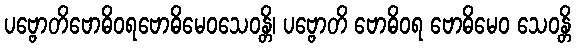
ပဗ္ဗောတိဗောဓိဝရဗောဓိမေဝသေဝန္တိ၊ ပဗ္ဗောတိ ဗောဓိဝရ ဗောဓိမေဝ သေဝန္တိ